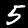
Label: 5